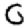
Digit: 0